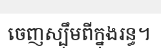
ចេញស្ប៉ឹមពីក្នុងរន្ធ។